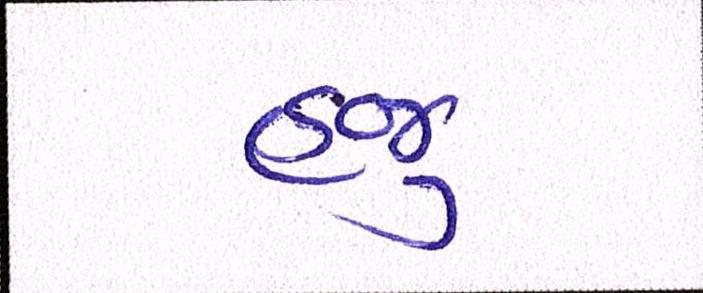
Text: હજૂ